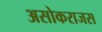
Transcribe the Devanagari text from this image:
असोकराजस